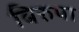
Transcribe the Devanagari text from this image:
बिरुपा